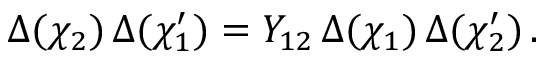
\Delta ( \chi _ { 2 } ) \, \Delta ( \chi _ { 1 } ^ { \prime } ) = Y _ { 1 2 } \, \Delta ( \chi _ { 1 } ) \, \Delta ( \chi _ { 2 } ^ { \prime } ) \, .